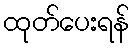
ထုတ်ပေးရန်